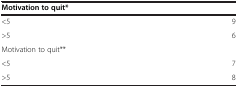
| Motivation to quit* |  |
 | --- | --- |
 | <5 | 9 |
 | >5 | 6 |
 | Motivation to quit** |  |
 | <5 | 7 |
 | >5 | 8 |